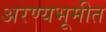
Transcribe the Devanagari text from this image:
अरण्यभूमीत